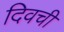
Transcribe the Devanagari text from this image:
दिवची